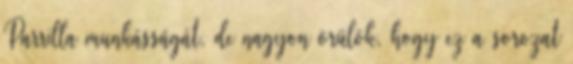
Parrilla munkásságát, de nagyon örülök, hogy ez a sorozat